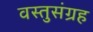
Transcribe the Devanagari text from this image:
वस्तुसंग्रह